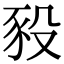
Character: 豛